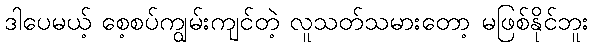
ဒါပေမယ့် စေ့စပ်ကျွမ်းကျင်တဲ့ လူသတ်သမားတော့ မဖြစ်နိုင်ဘူး